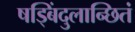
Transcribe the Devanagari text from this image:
षड्बिंदुलान्छितं